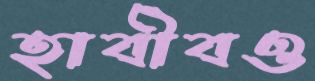
হাবীবও